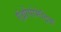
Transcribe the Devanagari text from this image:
एंथ्रोपोमेट्रिक